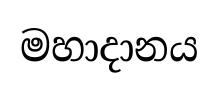
මහාදානය